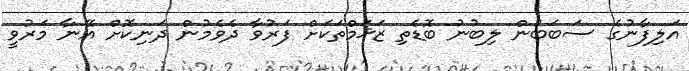
އަލިފާނުގެ ސަބަބުން ލިބުނު ބޮޑެތި ޒަޚަމްތަކަށް ފަރުވާ ދެވެމުން ދަނިކޮށް އޭނާ މަރުވީ